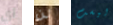
أي لن ليست